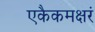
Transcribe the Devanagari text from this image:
एकैकमक्षरं